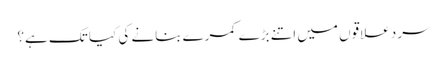
سرد علاقوں میں اتنے بڑے کمرے بنانے کی کیا تک ہے؟